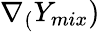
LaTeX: \nabla_{(}Y_{mix})